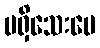
မရှိသေးပေ